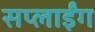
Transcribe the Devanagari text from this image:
सप्लाईंग